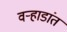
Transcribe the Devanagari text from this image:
वर्‍हाडांत